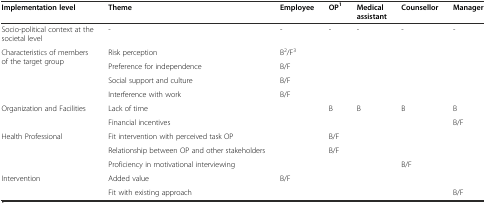
<table><thead><tr><td><b>Implementation level</b></td><td><b>Theme</b></td><td><b>Employee</b></td><td><b>OP<sup>1</sup></b></td><td><b>Medical assistant</b></td><td><b>Counsellor</b></td><td><b>Manager</b></td></tr></thead><tbody><tr><td>Socio-political context at the societal level</td><td>-</td><td>-</td><td>-</td><td>-</td><td>-</td><td>-</td></tr><tr><td rowspan="4">Characteristics of members of the target group</td><td>Risk perception</td><td>B<sup>2</sup>/F<sup>3</sup></td><td>[EMPTY_CELL]</td><td>[EMPTY_CELL]</td><td>[EMPTY_CELL]</td><td>[EMPTY_CELL]</td></tr><tr><td>Preference for independence</td><td>B/F</td><td>[EMPTY_CELL]</td><td>[EMPTY_CELL]</td><td>[EMPTY_CELL]</td><td>[EMPTY_CELL]</td></tr><tr><td>Social support and culture</td><td>B/F</td><td>[EMPTY_CELL]</td><td>[EMPTY_CELL]</td><td>[EMPTY_CELL]</td><td>[EMPTY_CELL]</td></tr><tr><td>Interference with work</td><td>B/F</td><td>[EMPTY_CELL]</td><td>[EMPTY_CELL]</td><td>[EMPTY_CELL]</td><td>[EMPTY_CELL]</td></tr><tr><td>Organization and Facilities</td><td>Lack of time</td><td>[EMPTY_CELL]</td><td>B</td><td>B</td><td>B</td><td>B</td></tr><tr><td>[EMPTY_CELL]</td><td>Financial incentives</td><td>[EMPTY_CELL]</td><td>[EMPTY_CELL]</td><td>[EMPTY_CELL]</td><td>[EMPTY_CELL]</td><td>B/F</td></tr><tr><td>Health Professional</td><td>Fit intervention with perceived task OP</td><td>[EMPTY_CELL]</td><td>B/F</td><td>[EMPTY_CELL]</td><td>[EMPTY_CELL]</td><td>[EMPTY_CELL]</td></tr><tr><td>[EMPTY_CELL]</td><td>Relationship between OP and other stakeholders</td><td>[EMPTY_CELL]</td><td>B/F</td><td>[EMPTY_CELL]</td><td>[EMPTY_CELL]</td><td>[EMPTY_CELL]</td></tr><tr><td>[EMPTY_CELL]</td><td>Proficiency in motivational interviewing</td><td>[EMPTY_CELL]</td><td>[EMPTY_CELL]</td><td>[EMPTY_CELL]</td><td>B/F</td><td>[EMPTY_CELL]</td></tr><tr><td>Intervention</td><td>Added value</td><td>B/F</td><td>[EMPTY_CELL]</td><td>[EMPTY_CELL]</td><td>[EMPTY_CELL]</td><td>[EMPTY_CELL]</td></tr><tr><td>[EMPTY_CELL]</td><td>Fit with existing approach</td><td>[EMPTY_CELL]</td><td>[EMPTY_CELL]</td><td>[EMPTY_CELL]</td><td>[EMPTY_CELL]</td><td>B/F</td></tr></tbody></table>